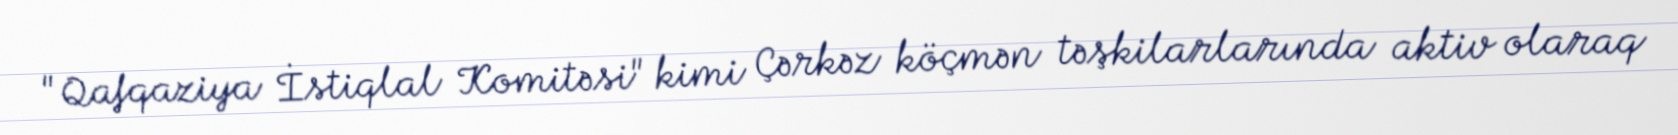
"Qafqaziya İstiqlal Komitəsi" kimi Çərkəz köçmən təşkilarlarında aktiv olaraq